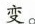
变。